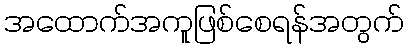
အထောက်အကူဖြစ်စေရန်အတွက်